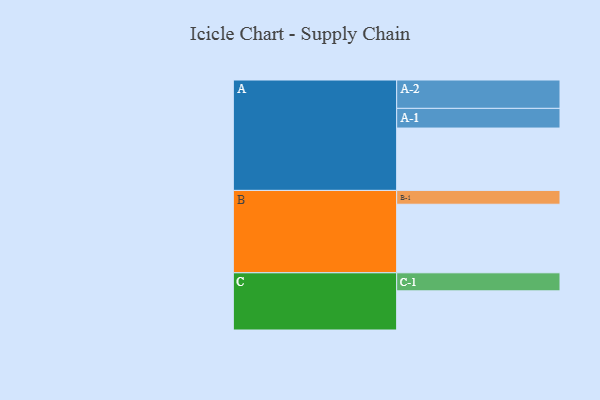
{"axis": {"x": "Segment", "y": "Value"}, "legend": ["", "A", "B", "C"], "data": [{"x": "A", "y": 532, "type": ""}, {"x": "B", "y": 585, "type": ""}, {"x": "C", "y": 334, "type": ""}, {"x": "A-1", "y": 168, "type": "A"}, {"x": "A-2", "y": 242, "type": "A"}, {"x": "B-1", "y": 118, "type": "B"}, {"x": "C-1", "y": 154, "type": "C"}]}